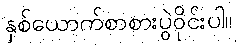
နှစ်ယောက်စာစားပွဲဝိုင်းပါ။